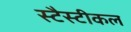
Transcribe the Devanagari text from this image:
स्टैस्टीकल